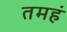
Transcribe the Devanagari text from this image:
तमहं